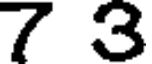
7 3